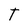
Character: T